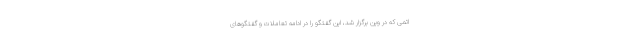
اتمی که در وین برگزار شد، این گفتگو را در ادامه تعاملات و گفتگوهای